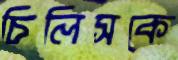
চিলিসকে